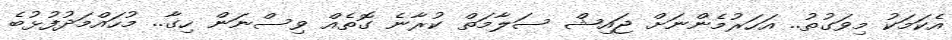
އެކަމަކު މިވަގުތު.. އަހަރުމެންނަށް ޖައިޝް ސަލާމަތް ކުރާނެ ގޮތެއް ވިސްނަން ހިގާ.. މުހައްމަދުފުޅުބެ